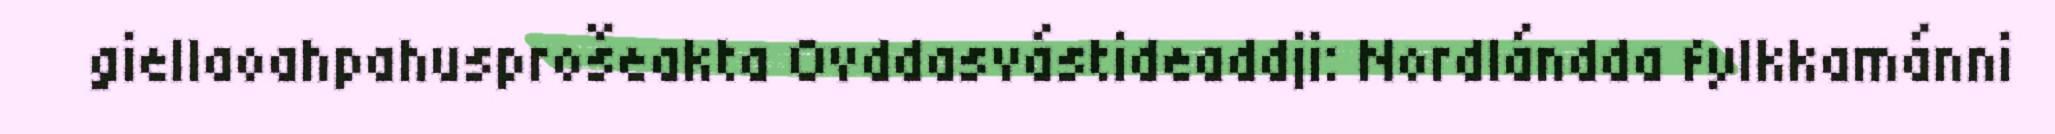
giellaoahpahusprošeakta Ovddasvástideaddji: Nordlándda fylkkamánni